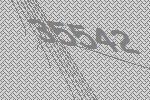
35542